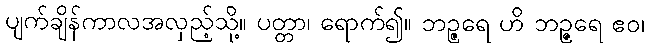
ပျက်ချိန်ကာလအလှည့်သို့။ ပတ္တာ၊ ရောက်၍။ ဘဉ္ဇရေ ဟိ ဘဉ္ဇရေ ဧဝ၊